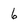
Character: 6